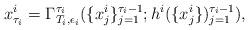
LaTeX: \begin{align*}x^i_{\tau_{i}}=\Gamma^{\tau_i}_{T_i,\epsilon_i}(\{x^i_{j}\}_{j=1}^{\tau_i-1};h^i(\{x^i_{j}\})_{j=1}^{\tau_i-1}),\end{align*}